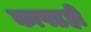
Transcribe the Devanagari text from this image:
कापडही